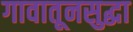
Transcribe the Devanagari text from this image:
गावातूनसुद्धा